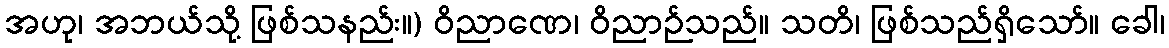
အဟု၊ အဘယ်သို့ ဖြစ်သနည်း။) ဝိညာဏေ၊ ဝိညာဉ်သည်။ သတိ၊ ဖြစ်သည်ရှိသော်။ ခေါ၊